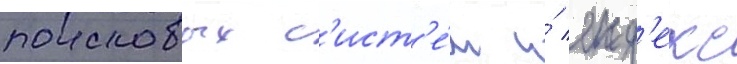
поисковых с'ист'е́м и́ янд'екс